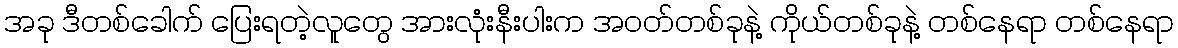
အခု ဒီတစ်ခေါက် ပြေးရတဲ့လူတွေ အားလုံးနီးပါးက အဝတ်တစ်ခုနဲ့ ကိုယ်တစ်ခုနဲ့ တစ်နေရာ တစ်နေရာ